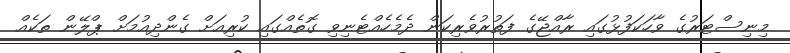
މިނިސްޓަރުގެ ވާހަކަފުޅުގައި ރާއްޖޭގެ ފަތުރުވެރިކަން ދެމެހެއްޓެނިވި ގޮތެއްގައި ކުރިއަށް ގެންދިއުމަށް ޕްލޭން ތަކެއް